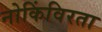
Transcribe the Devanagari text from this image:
नोकिंविरता